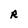
Character: R